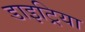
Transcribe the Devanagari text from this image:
डाइट्रिया